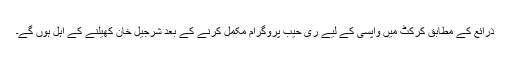
ذرائع کے مطابق کرکٹ میں واپسی کے لیے ری حیب پروگرام مکمل کرنے کے بعد شرجیل خان کھیلنے کے اہل ہوں گے۔